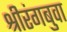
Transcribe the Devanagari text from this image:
श्रीरंगबुवा